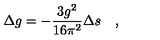
\Delta g = - { \frac { 3 g ^ { 2 } } { 1 6 \pi ^ { 2 } } } \Delta s \quad ,